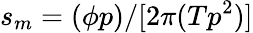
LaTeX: s_{m}=(\phi p)/[2\pi(Tp^{2})]